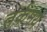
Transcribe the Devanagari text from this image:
तर्कमय